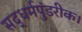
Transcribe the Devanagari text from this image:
सद्धर्मपुंडरीक।